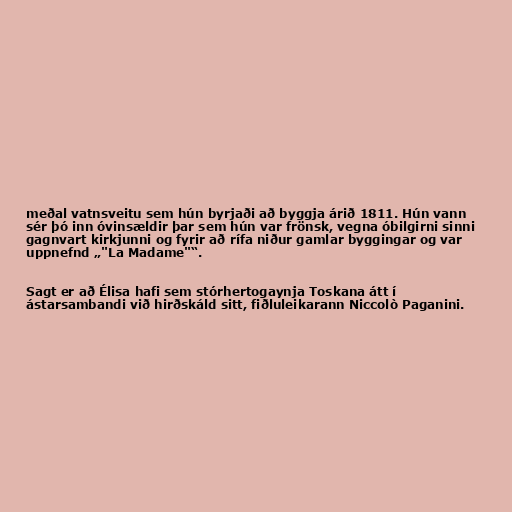
meðal vatnsveitu sem hún byrjaði að byggja árið 1811. Hún vann
sér þó inn óvinsældir þar sem hún var frönsk, vegna óbilgirni sinni
gagnvart kirkjunni og fyrir að rífa niður gamlar byggingar og var
uppnefnd „"La Madame"“.

Sagt er að Élisa hafi sem stórhertogaynja Toskana átt í
ástarsambandi við hirðskáld sitt, fiðluleikarann Niccolò Paganini.